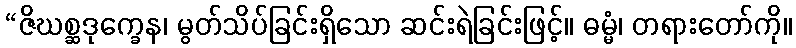
“ဇိဃစ္ဆဒုက္ခေန၊ မွတ်သိပ်ခြင်းရှိသော ဆင်းရဲခြင်းဖြင့်။ ဓမ္မံ၊ တရားတော်ကို။